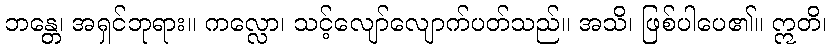
ဘန္တေ၊ အရှင်ဘုရား။ ကလ္လော၊ သင့်လျော်လျောက်ပတ်သည်။ အသိ၊ ဖြစ်ပါပေ၏။ ဣတိ၊